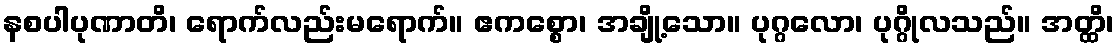
နစပါပုဏာတိ၊ ရောက်လည်းမရောက်။ ဧကစ္စော၊ အချို့သော။ ပုဂ္ဂလော၊ ပုဂ္ဂိုလသည်။ အတ္ထိ၊